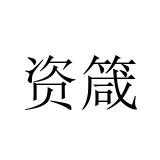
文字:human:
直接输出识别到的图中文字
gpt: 资箴